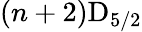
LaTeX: (n+2)\mathrm{D}_{5/2}